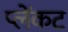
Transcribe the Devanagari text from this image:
प्लेंकट